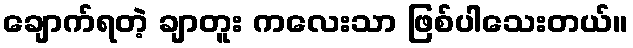
ချောက်ရတဲ့ ချာတူး ကလေးသာ ဖြစ်ပါသေးတယ်။